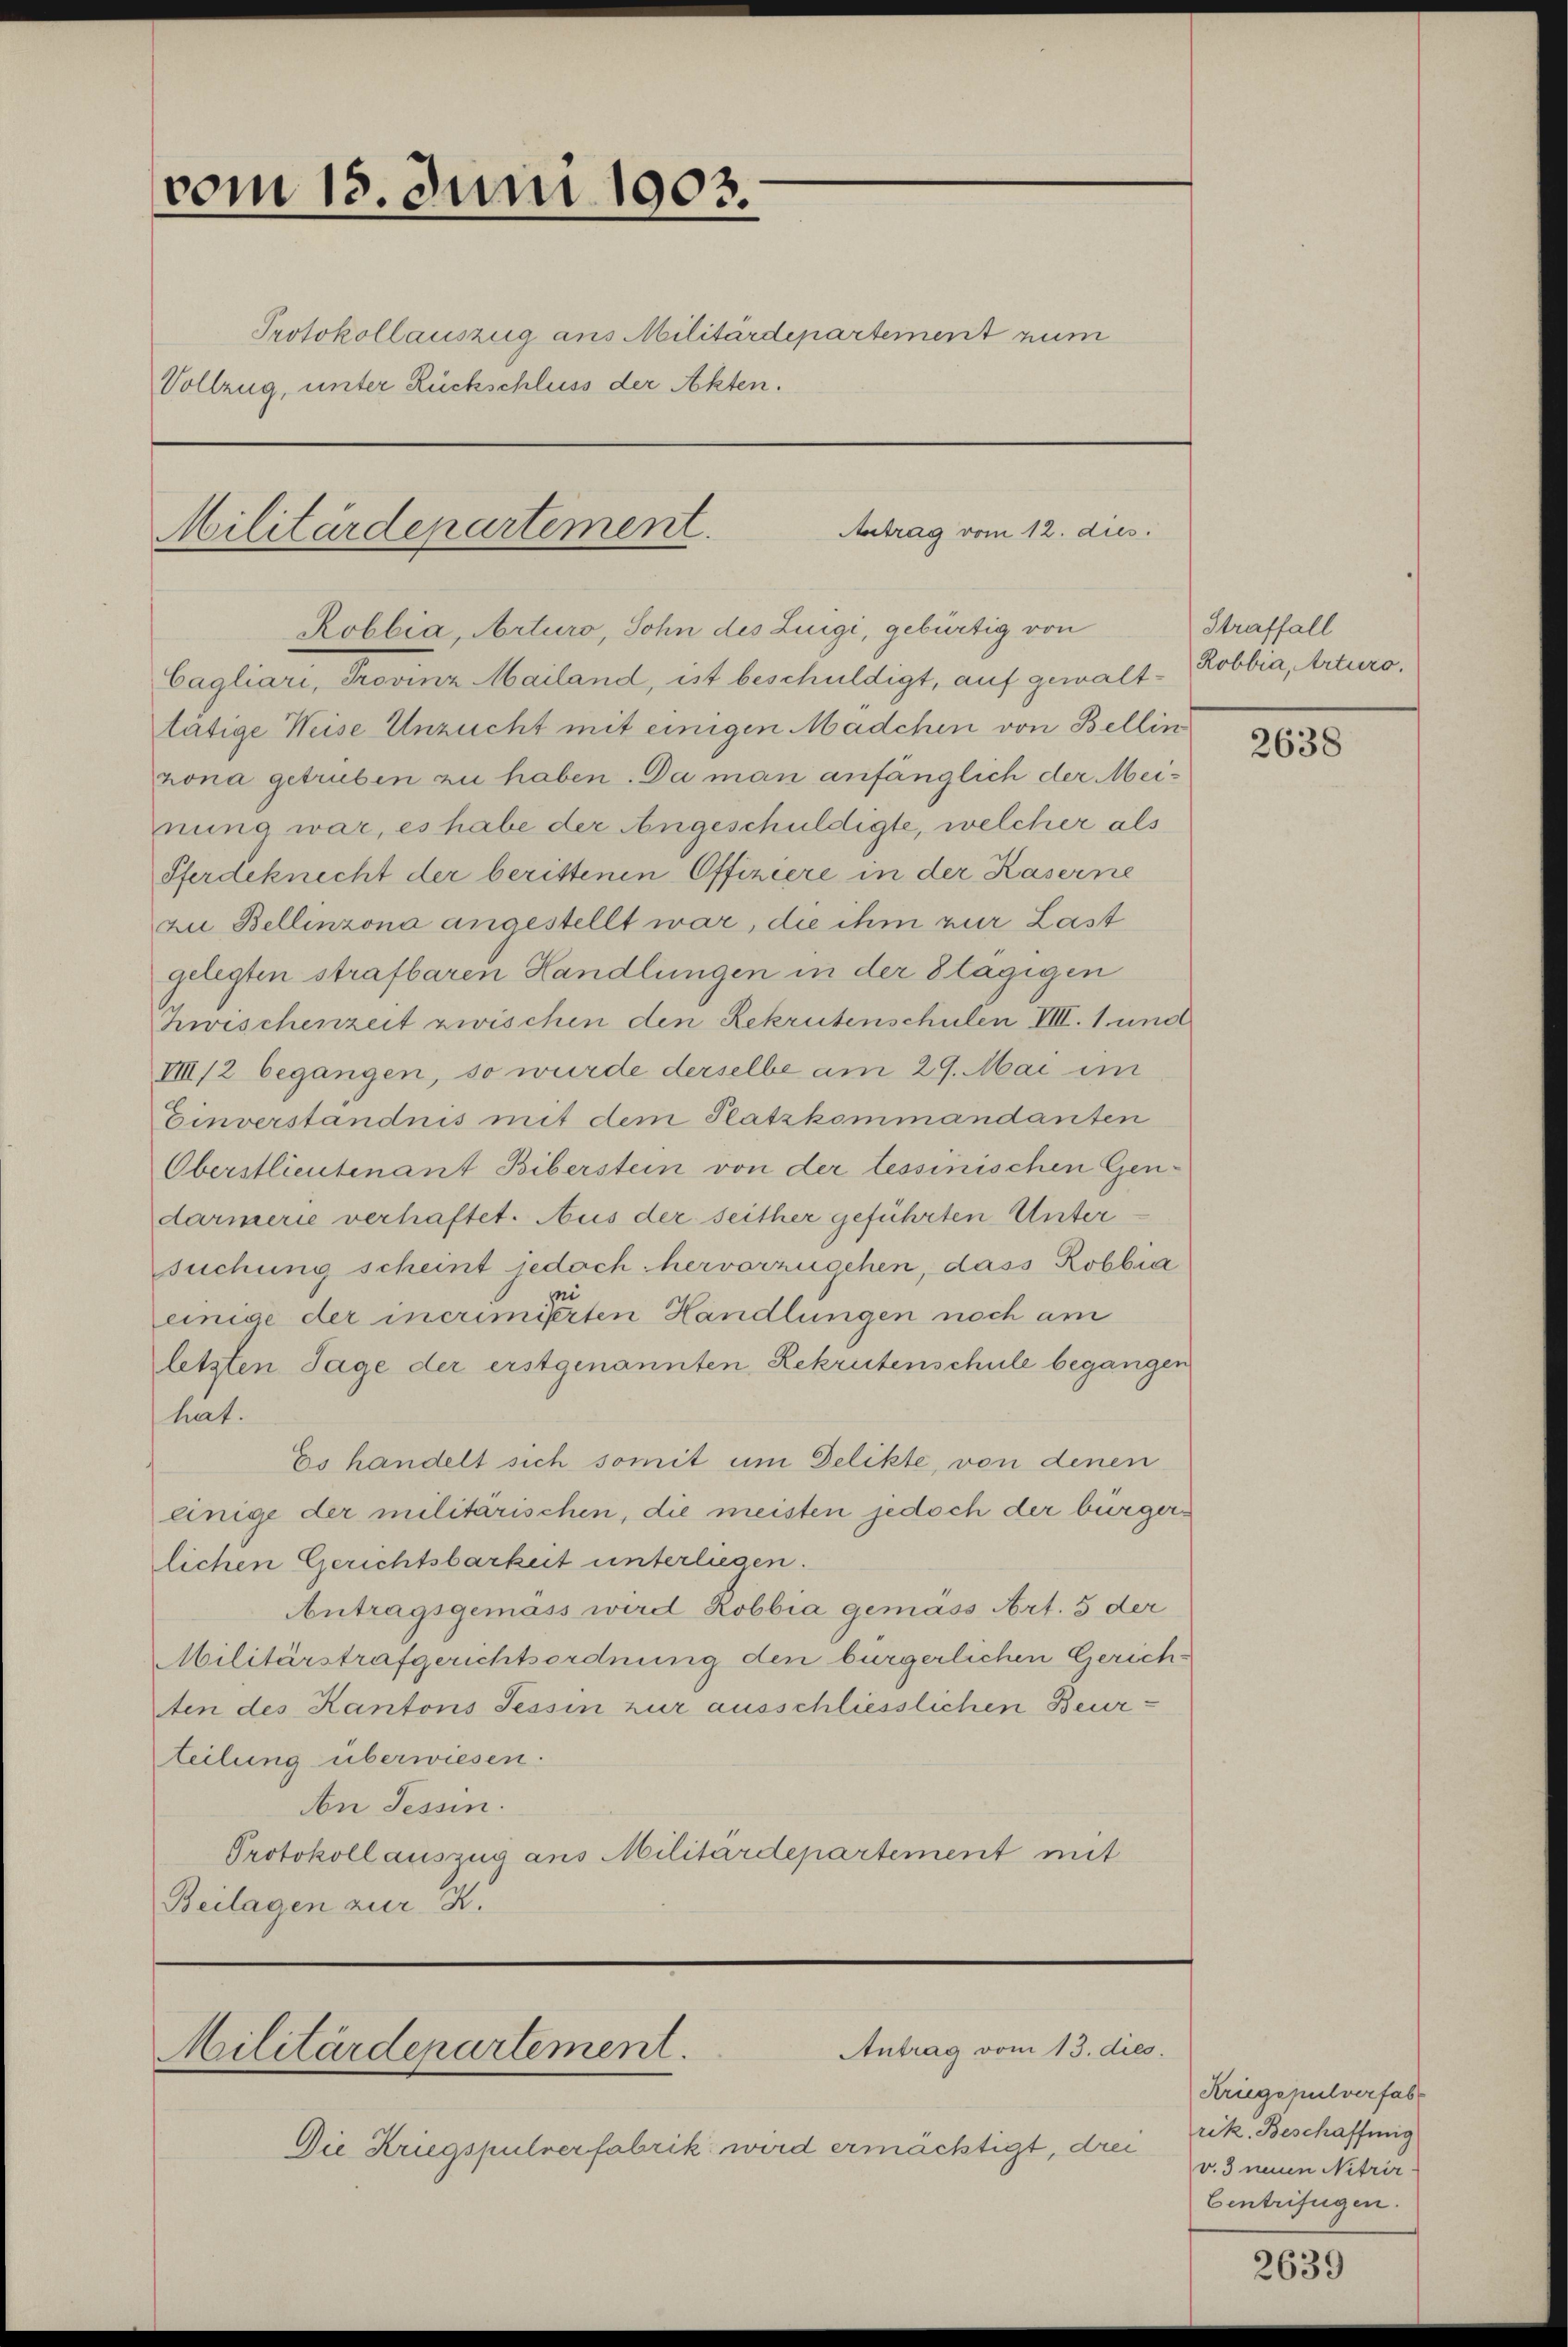
vom 15. Juni 1903.
Protokollauszug aus Militärdepartement zum
Vollzug, unter Rückschluss der Akten.

Antrag vom 12. dies
Militärdepartement.

Robbia, Arturo, Sohn des Luigi, gebürtig von
Cagliari, Provinz Mailand, ist beschuldigt, auf gewalttätige Weise Unzucht mit einigen Mädchen von Bellin
zona getruben zu haben. Da man anfänglich der Meinung war, es habe der Angeschuldigte, welcher als
Pferdeknecht der berittenen Offiziere in der Kaserne
zu Bellinzona angestellt war, die ihm zur Last
gelegten strafbaren Handlungen in der 8tägigen
Zwischenzeit zwischen den Rekrutenschulen III. 1 und
VIII/2 begangen, so wurde derselbe am 29. Mai im
Einverständnis mit dem Platzkommandanten
Oberstlieutenant Biberstein von der tessinischen Gendarmerie verhaftet. Aus der seither geführten Unter
suchung scheint jedoch hervorzugehen, dass Robbia
einige der incrimierten Handlungen noch am
letzten Sage der erstgenannten Rekrutenschule begangen
hat.
Es handelt sich somit um Delikte, von denen
einige der militarischen, die meisten jedoch der bürgerlichen Gerichtsbarkeit unterliegen.
Antragsgemäss wird Robbia gemäss Art. 5 der
Militärstrafgerichtsordnung den bürgerlichen Gerich-
ten des Kantons Tessin zur ausschliesslichen Beurteilung überwiesen.
An Tessin.
Protokoll auszug aus Militärdepartement mit
Beilagen zur K.

Antrag vom 13. dies
Militärdenartement.

Die Kriegspulverfabrik wird ermächtigt, drei

Straffall
Robbia, Arturo.

2638

Kriegepulverfab
rik. Beschaffung
v. 3 neuen Nitrir-
Centrifügen.

2639